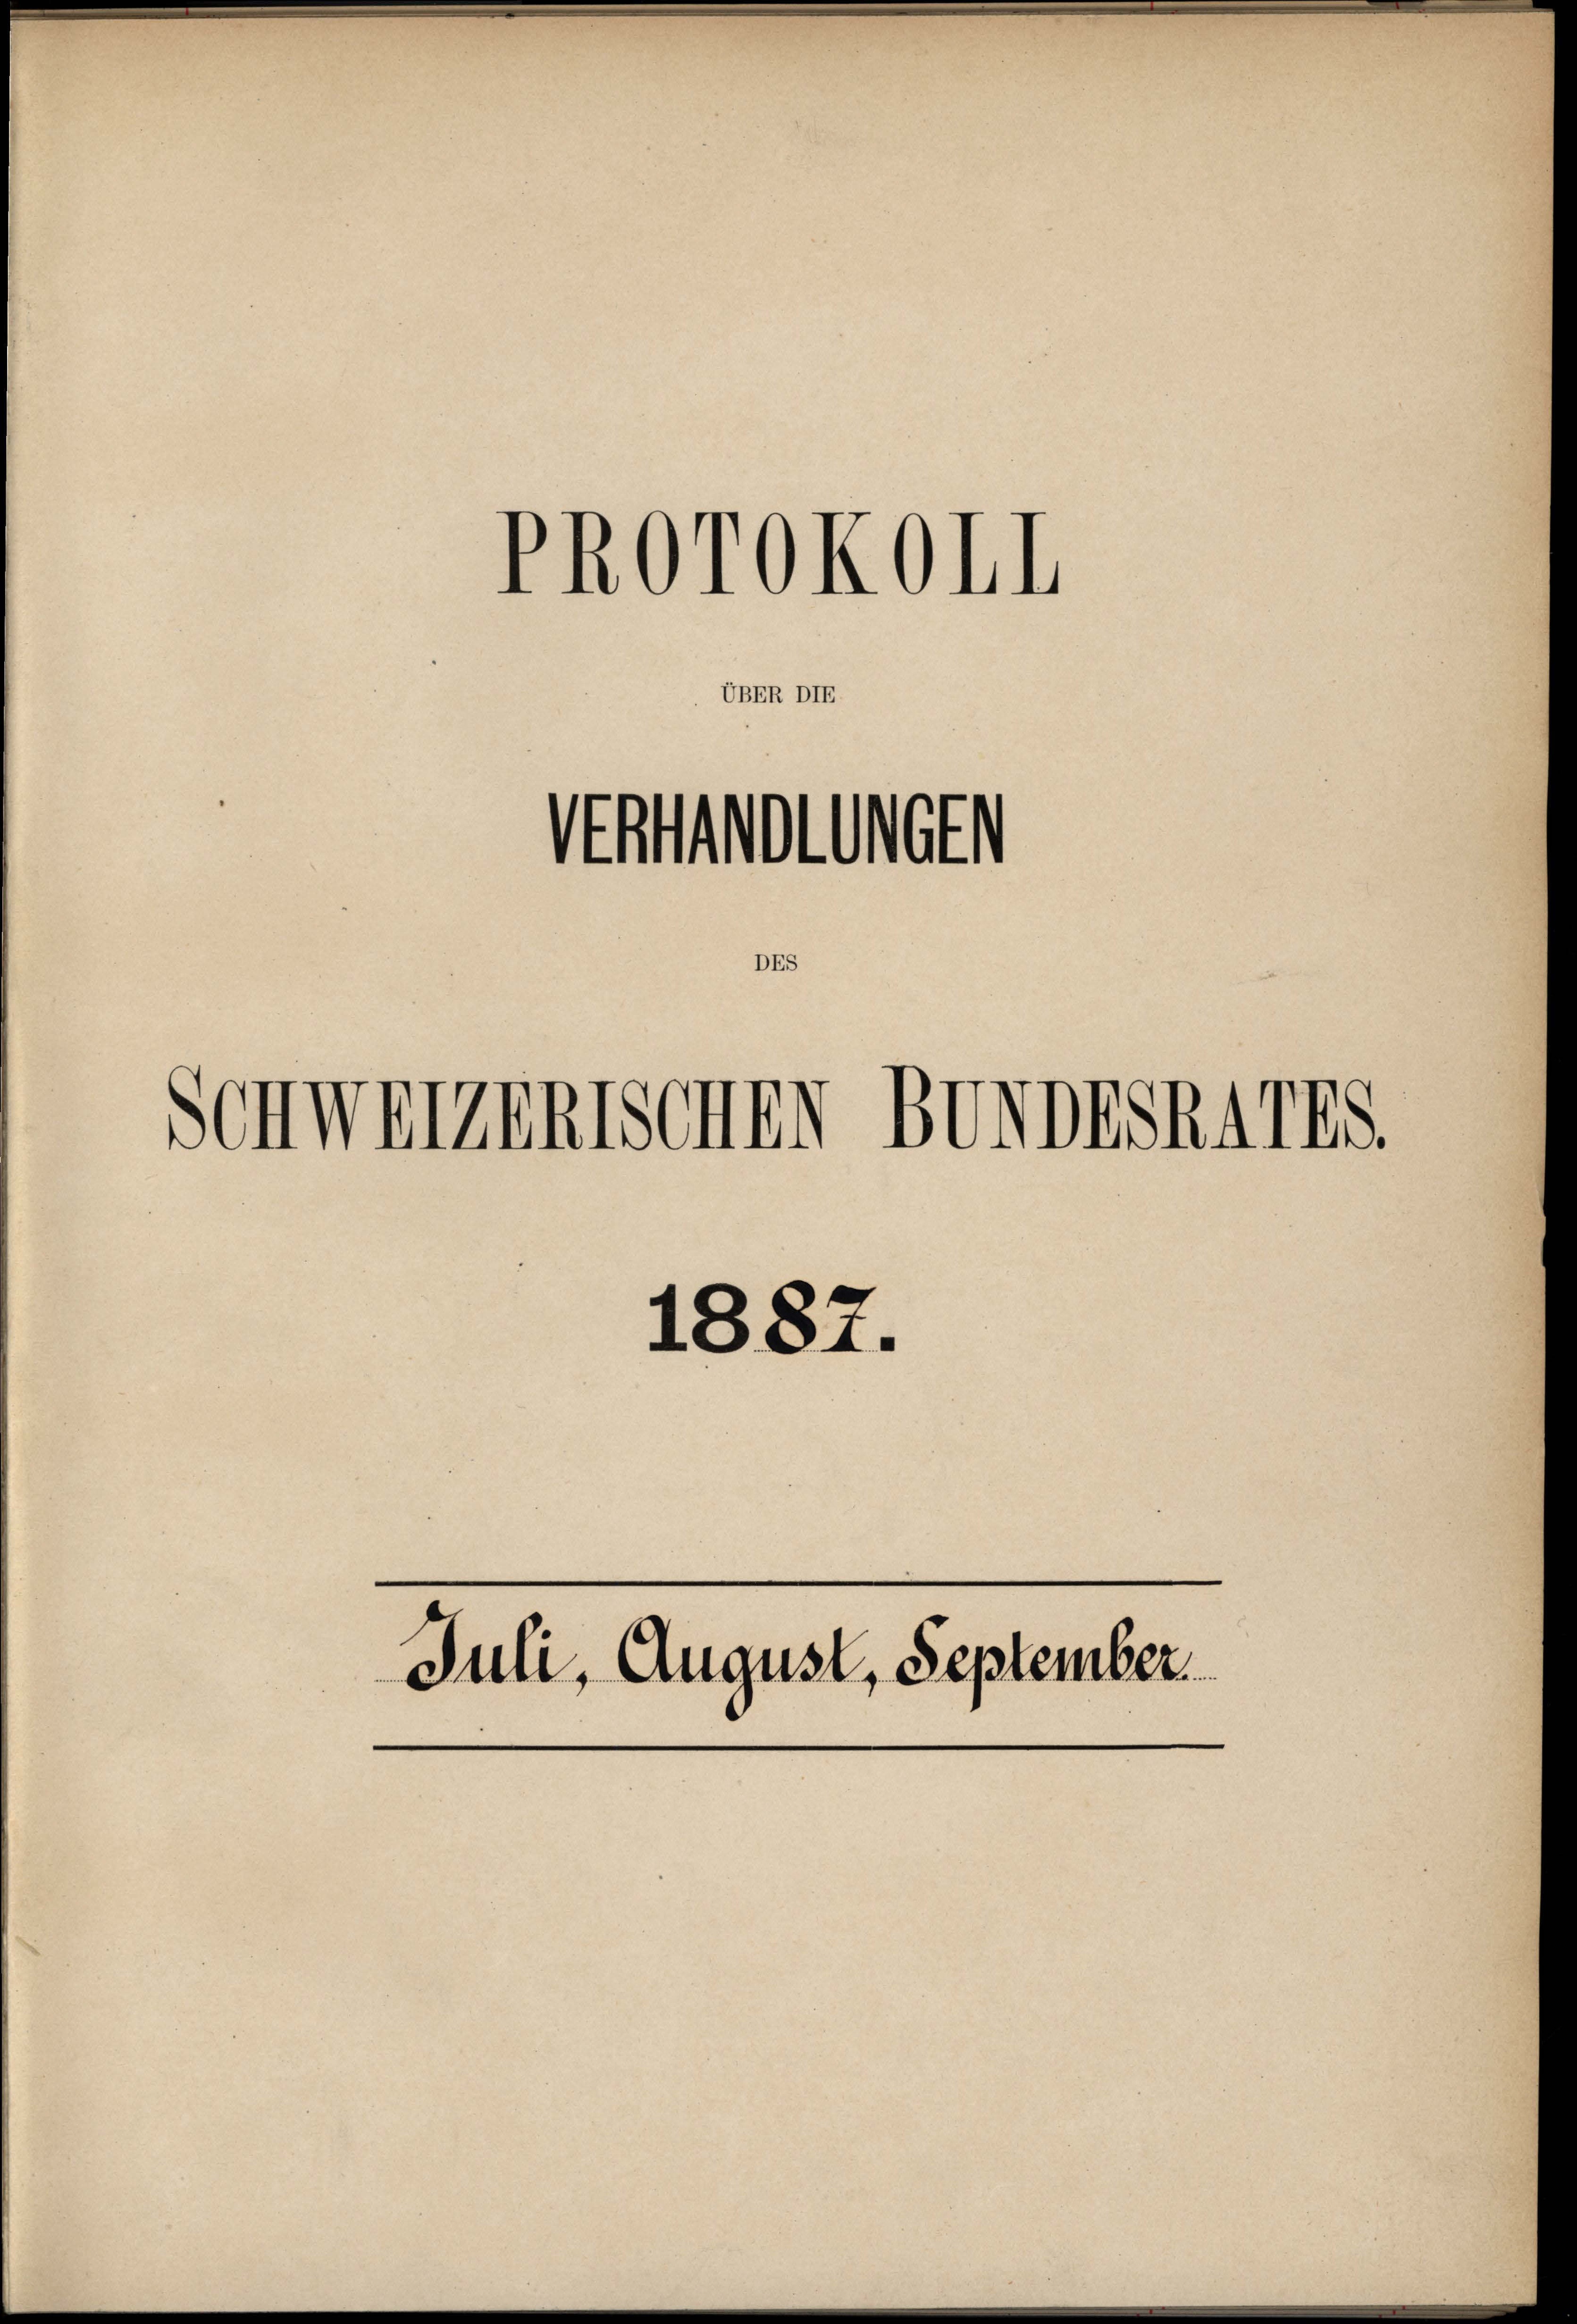
UBER DIE

DE

PROrOKOII

Natonen

Schweizentschr

BUNDESRAIIS.

1887.
Juli, August, September